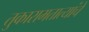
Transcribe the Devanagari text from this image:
तुकारामतात्यांचे